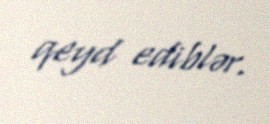
qeyd ediblər.